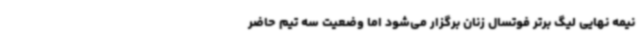
نیمه نهایی لیگ برتر فوتسال زنان برگزار می‌شود اما وضعیت سه تیم حاضر